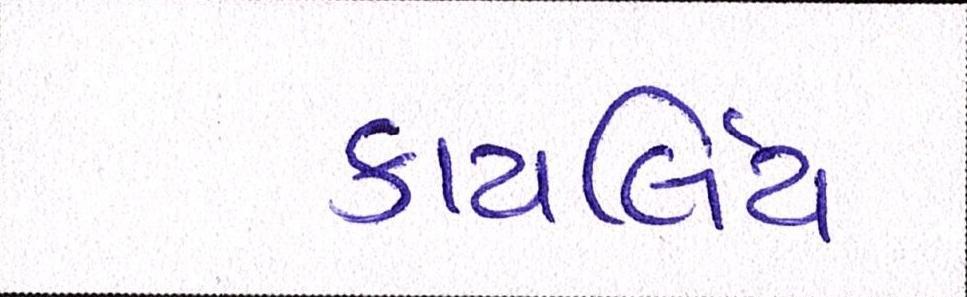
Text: કાયર્લિય